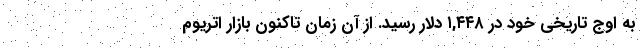
به اوج تاریخی خود در ۱,۴۴۸ دلار رسید. از آن زمان تاکنون بازار اتریوم